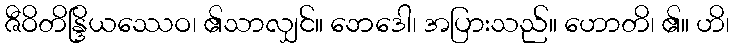
ဇီဝိတိန္ဒြိယဿေဝ၊ ၏သာလျှင်။ ဘေဒေါ၊ အပြားသည်။ ဟောတိ၊ ၏။ ဟိ၊